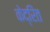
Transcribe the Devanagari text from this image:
केद्रिंत